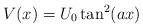
LaTeX: \begin{align*}V(x) = U_0 \tan^2(ax)\end{align*}